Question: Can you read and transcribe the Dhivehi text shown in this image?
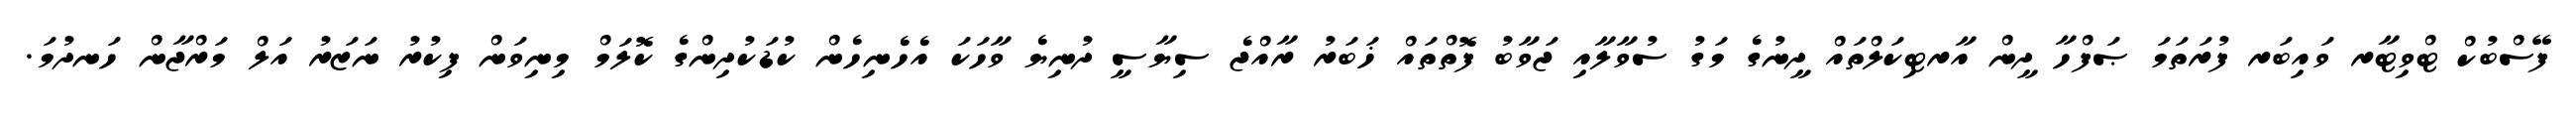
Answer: ފޭސްބުކް ޓްވިޓާރ ވައިބަރ ފުރަތަމަ ޞަފްހާ ދީން އާރޓިކަލްތައް ދީނުގެ މަގު ސުވާލާއި ޖަވާބު ފޮތްތައް ޚަބަރު ރާއްޖެ ސިޔާސީ ދުނިޔެ ވާހަކަ އެހެނިހެން ކުޑަކުދިންގެ ކޮލަމް މިނިވަން ފިކުރު ނަޒަރު އަލް މަރްޖާން ހަނދުމަ.